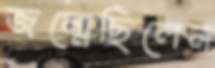
জন্মেছিলেন